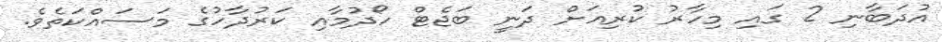
އުދަބާނި 2 ގައި މިހާރު ކުރިއަށް ދަނީ ބަޖެޓް ހޯދުމާއި ކަރުދާހުގެ މަސައްކަތެވެ.